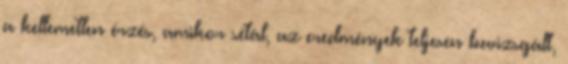
a kellemetlen érzés, amikor sétál, az eredmények teljesen bevizsgált,